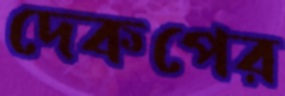
দেকপের